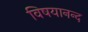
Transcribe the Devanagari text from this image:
विषयानन्द